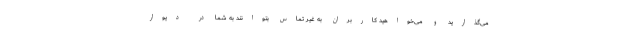
می‌گذارید و می‌خواهید کاربران به غیر تماس بتوانند به شما در دیوار